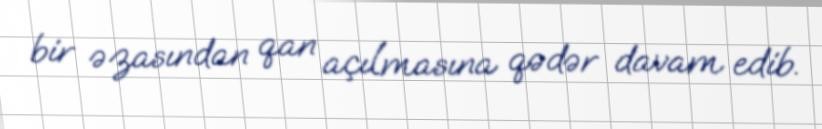
bir əzasından qan açılmasına qədər davam edib.